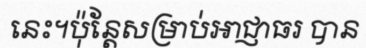
នេះ។ប៉ុន្តែសម្រាប់អាជ្ញាធរ បាន